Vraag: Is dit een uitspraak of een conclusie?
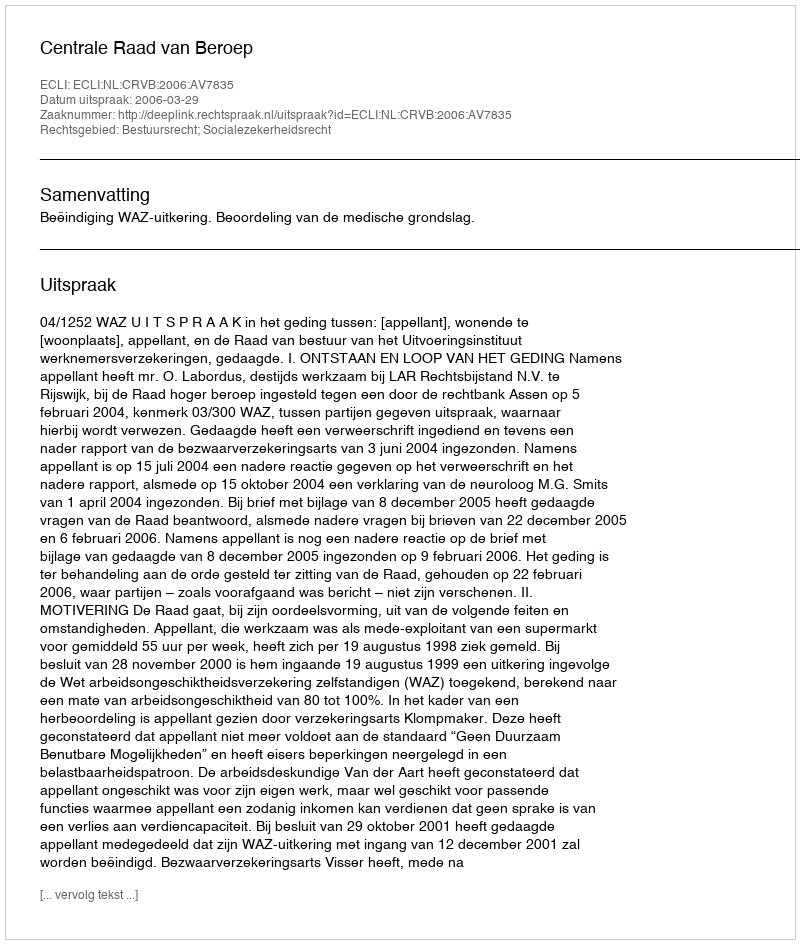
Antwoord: Uitspraak